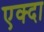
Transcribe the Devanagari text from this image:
एक्दा